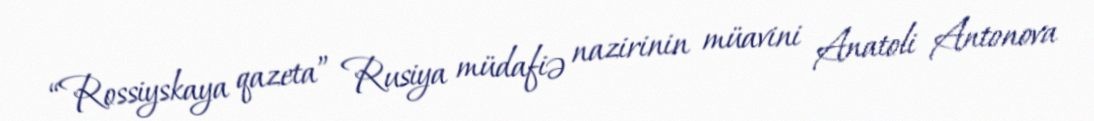
“Rossiyskaya qazeta” Rusiya müdafiə nazirinin müavini Anatoli Antonova